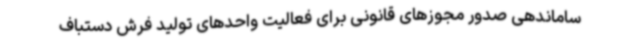
ساماندهی صدور مجوزهای قانونی برای فعالیت واحدهای تولید فرش دستباف